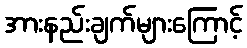
အားနည်းချက်များကြောင့်